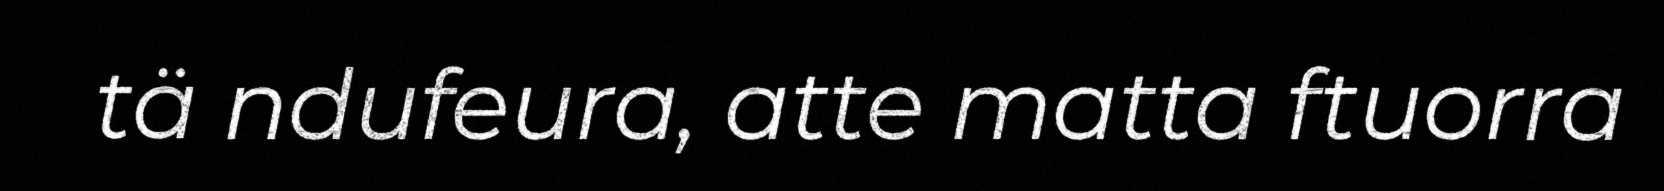
tä ndufeura, atte matta ftuorra